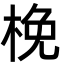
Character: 梚